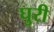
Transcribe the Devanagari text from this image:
घुरी